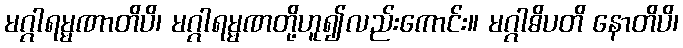
မဂ္ဂါရမ္မဏာတိပိ၊ မဂ္ဂါရမ္မဏတို့ဟူ၍လည်းကောင်း။ မဂ္ဂါဓိပတိ နောတိပိ၊